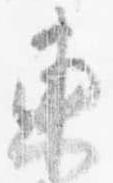
東